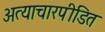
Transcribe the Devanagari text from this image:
अत्याचारपीडित